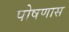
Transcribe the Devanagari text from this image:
पोषणास